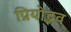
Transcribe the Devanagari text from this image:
प्रियोद्भव